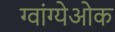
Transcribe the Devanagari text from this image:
ग्वांग्येओक